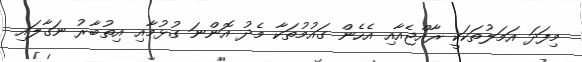
މިފަދަ އަމަލުތަކަކީ ރާއްޖެއާއި އެހެން ގައުމުތަކާ މެދު އޮންނަ ގުޅުމާއި އިތުބާރު ނަގާލައި